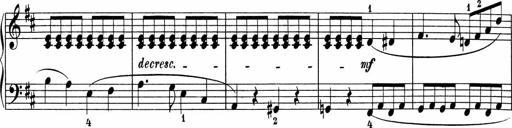
Title: 5 Sonatinen fÃ¼r die Jugend
Composer: Carl Reinecke